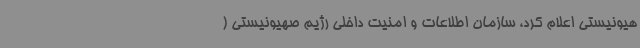
هیونیستی اعلام کرد، سازمان اطلاعات و امنیت داخلی رژیم صهیونیستی (